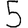
Digit: 5